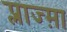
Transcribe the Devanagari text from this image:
प्लाज्म़ा